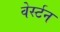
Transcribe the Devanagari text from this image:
वेर्स्टन